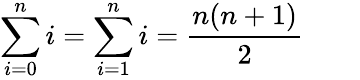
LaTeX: \sum_{i=0}^{n}i=\sum_{i=1}^{n}i={\frac{n(n+1)}{2}}\qquad